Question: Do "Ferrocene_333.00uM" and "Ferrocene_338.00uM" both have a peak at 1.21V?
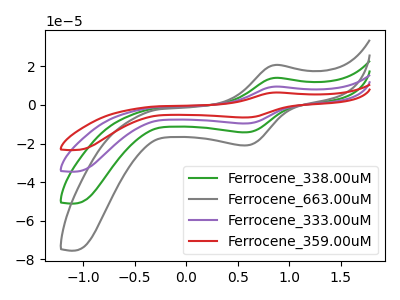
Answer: <think>The green curve "Ferrocene_338.00uM" has an anodic peak at (0.85V, 14.00uA) and a cathodic peak at (0.55V, -14.20uA). The gray curve "Ferrocene_663.00uM" has an anodic peak at (0.85V, 20.65uA) and a cathodic peak at (0.55V, -21.00uA). The purple curve "Ferrocene_333.00uM" has an anodic peak at (0.85V, 28.00uA) and a cathodic peak at (0.55V, -28.45uA). The red curve "Ferrocene_359.00uM" has an anodic peak at (0.85V, 42.00uA) and a cathodic peak at (0.55V, -42.65uA).</think>
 <answer>No, "Ferrocene_333.00uM" and "Ferrocene_338.00uM" dont share a peak at 1.21V.</answer>
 <eval>mismatch</eval>